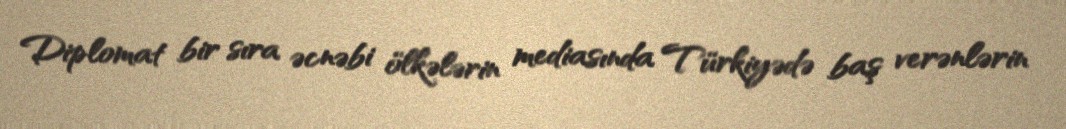
Diplomat bir sıra əcnəbi ölkələrin mediasında Türkiyədə baş verənlərin